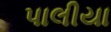
પાલીયા